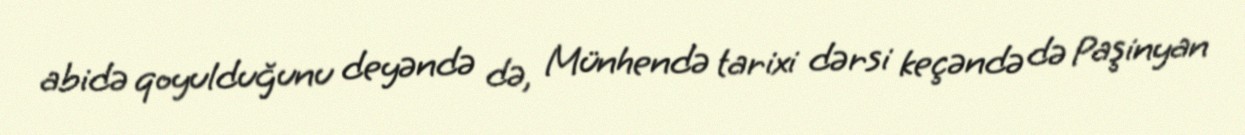
abidə qoyulduğunu deyəndə də, Münhendə tarixi dərsi keçəndə də Paşinyan